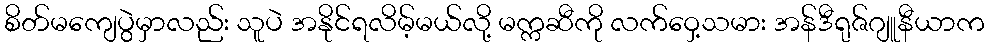
စိတ်မကျေပွဲမှာလည်း သူပဲ အနိုင်ရလိမ့်မယ်လို့ မက္ကဆီကို လက်ဝှေ့သမား အန်ဒီရုဇ်ဂျူနီယာက